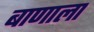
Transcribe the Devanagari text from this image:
बाणाला